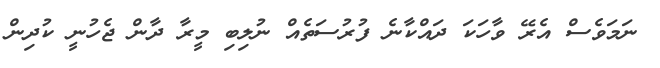
ނަމަވެސް އެރޭ ވާހަކަ ދައްކާނެ ފުރުސަތެއް ނުލިބި މީރާ ދާން ޖެހުނީ ކުދިން